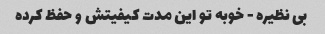
بی نظیره - خوبه تو این مدت کیفیتش و حفظ کرده